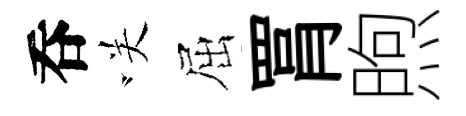
呑咲屈罥煦